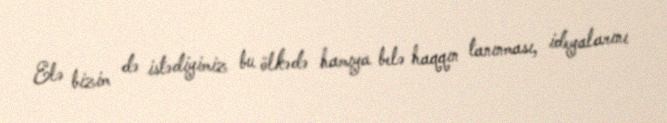
Elə bizim də istədiyimiz bu ölkədə hamıya belə haqqın tanınması, ideyalarını